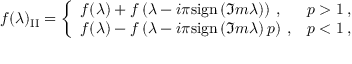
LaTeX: f ( \lambda ) _ { \mathrm { I I } } = \left\{ \begin{array} { l l } { { f ( \lambda ) + f \left( \lambda - i \pi \mathrm { s i g n } \left( \Im m \lambda \right) \right) \: , } } & { { p > 1 \: , } } \\ { { f ( \lambda ) - f \left( \lambda - i \pi \mathrm { s i g n } \left( \Im m \lambda \right) p \right) \: , } } & { { p < 1 \: , } } \end{array} \right.